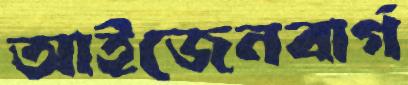
আইজেনবার্গ